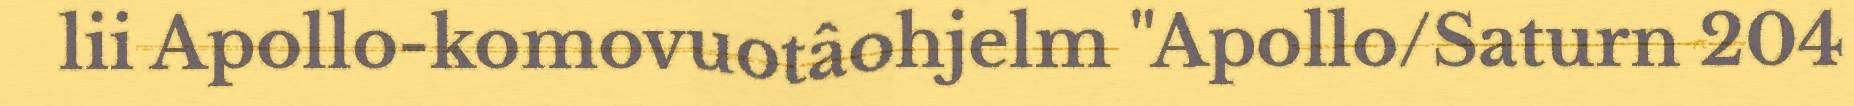
lii Apollo-komovuotâohjelm "Apollo/Saturn 204